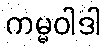
ကမ္မဝါဒါ